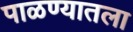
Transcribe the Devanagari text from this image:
पाळण्यातला